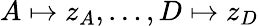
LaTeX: A\mapsto z_{A},\ldots,D\mapsto z_{D}